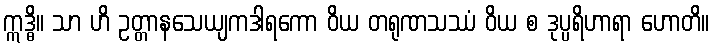
ဣဒ္ဓိ။ သာ ဟိ ဥတ္တာနသေယျကဒါရကော ဝိယ တရုဏသဿံ ဝိယ စ ဒုပ္ပရိဟာရာ ဟောတိ။